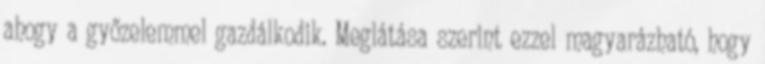
ahogy a győzelemmel gazdálkodik. Meglátása szerint ezzel magyarázható, hogy